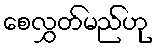
စေလွှတ်မည်ဟု